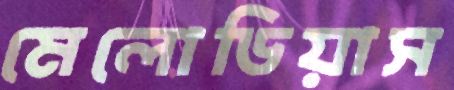
মেলোডিয়াস